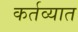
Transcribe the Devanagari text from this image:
कर्तव्यात